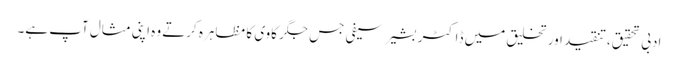
ادبی تحقیق،تنقید اور تخلیق میں ڈاکٹر بشیر سیفی جس جگر کاوی کا مظاہرہ کرتے وہ اپنی مثال آپ ہے۔